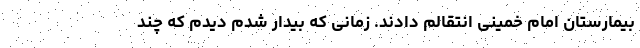
بیمارستان امام خمینی انتقالم دادند. زمانی که بیدار شدم دیدم که چند